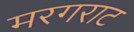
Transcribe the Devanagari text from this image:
मरगराट